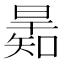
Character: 𣊋